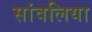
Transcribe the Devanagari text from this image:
सांवलिया